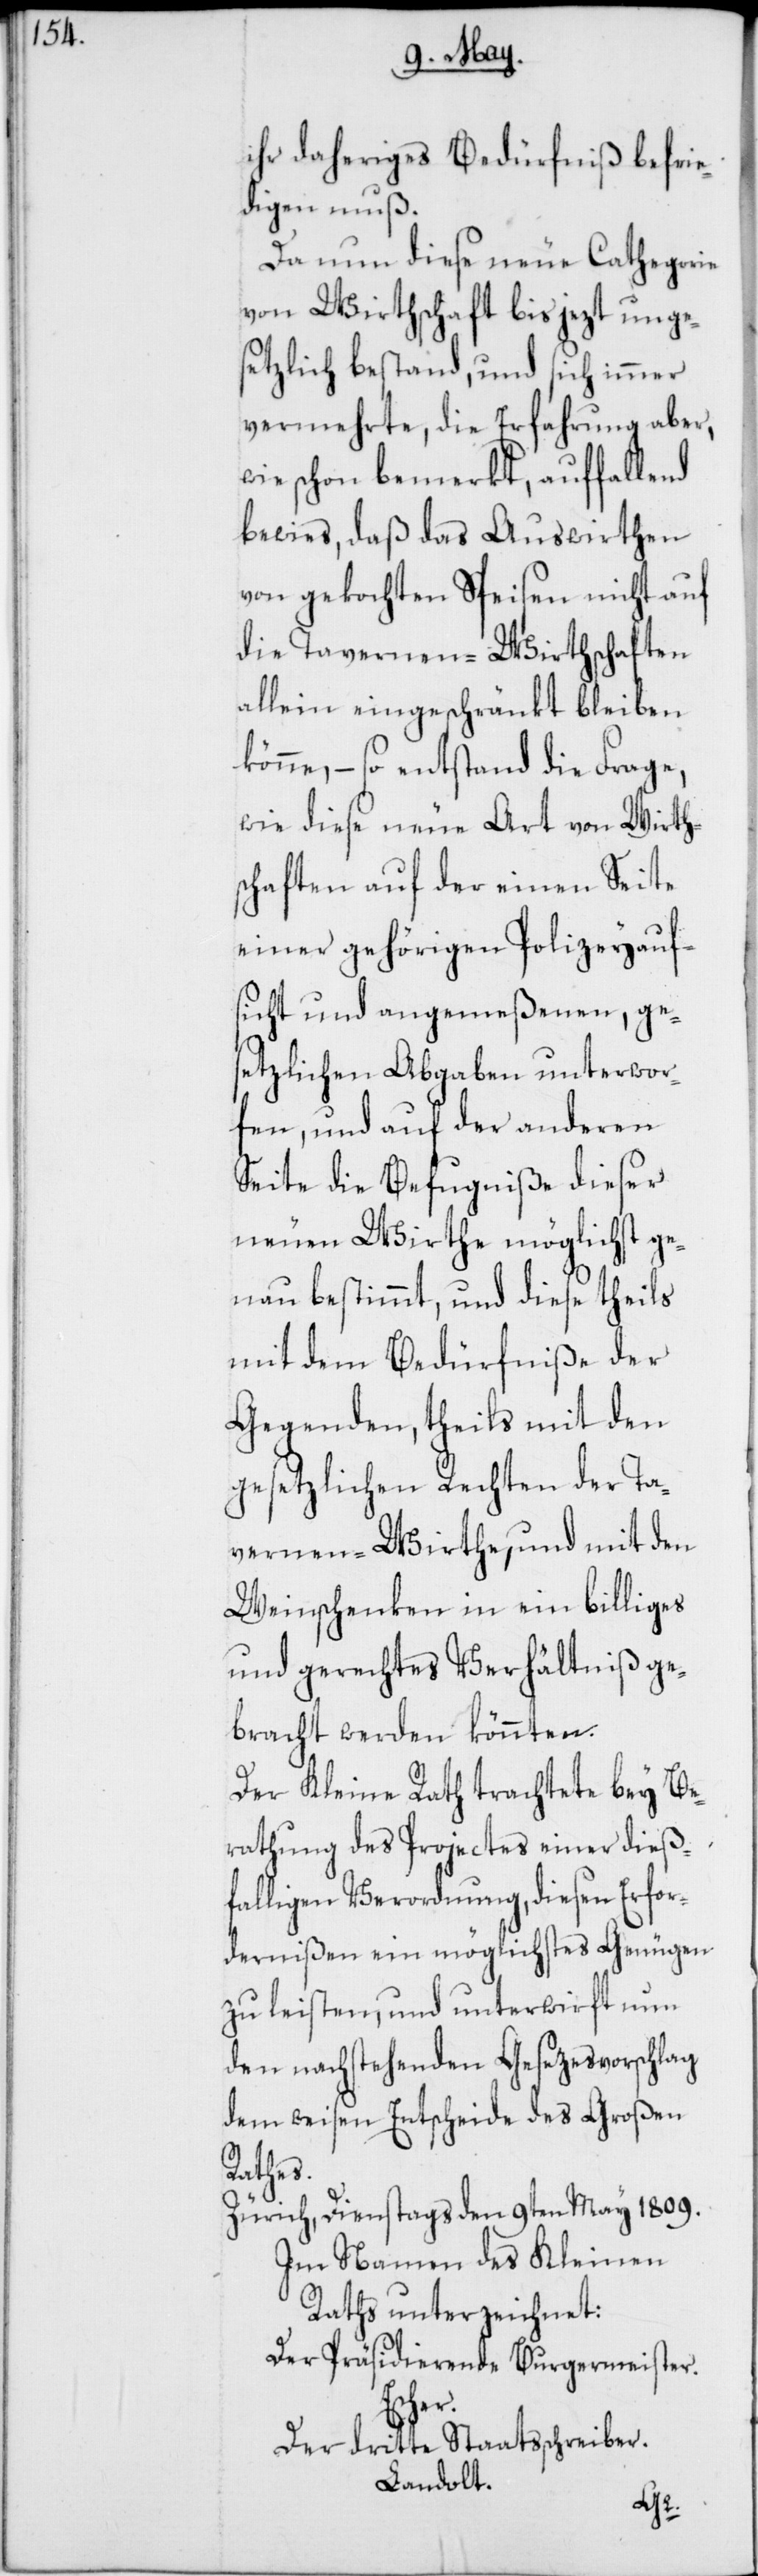
ihr daheriges Bedürfniß befrie¬
digen muß.
Da nun diese neue Cathegorie
von Wirthschaft bis jezt unge¬
setzlich bestand, und sich immer
vermehrte, die Erfahrung aber,
wie schon bemerkt, auffallend
bewies, daß das Auswirthen
von gekochten Speisen nicht auf
die Tavernen-Wirthschaften
allein eingeschränkt bleiben
könne, – so entstand die Frage,
wie diese neue Art von Wirth¬
schaften auf der einen Seite
einer gehörigen Polizeyauf¬
sicht und angemeßenen, ge¬
setzlichen Abgaben unterwor¬
fen, und auf der anderen
Seite die Befugniße dieser
neuen Wirthe möglichst ge¬
nau bestimmt, und diese theils
mit dem Bedürfniße der
Gegenden, theils mit den
gesetzlichen Rechten der Ta¬
vernen-Wirthe, und mit den
Weinschenken in ein billiges
und gerechtes Verhältniß ge¬
bracht werden könnten.
Der Kleine Rath trachtete bey Be¬
rathung des Projectes einer dieß¬
fälligen Verordnung, diesen Erfor¬
dernißen ein möglichstes Genügen
zu leisten, und unterwirft nun
den nachstehenden Gesezesvorschlag
dem weisen Entscheide des Großen
Rathes.
Zürich, Dienstags den 9ten May 1809.
Im Namen des Kleinen
Raths unterzeichnet:
Der Präsidierende Burgermeister.
Escher.
Der dritte Staatsschreiber.
Landolt.